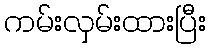
ကမ်းလှမ်းထားပြီး